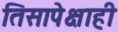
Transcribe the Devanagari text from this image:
तिसापेक्षाही